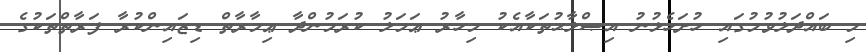
މި ބައްދަލުވުމުގައި ހުށަހެޅުނު އިޞްލާޙުތަކާއެކު މިހާރު ޢަމަލު ކުރަމުންދާ ޢިމާރާތް ޑިޒައިންކުރާ ފަރާތްތަކުގެ